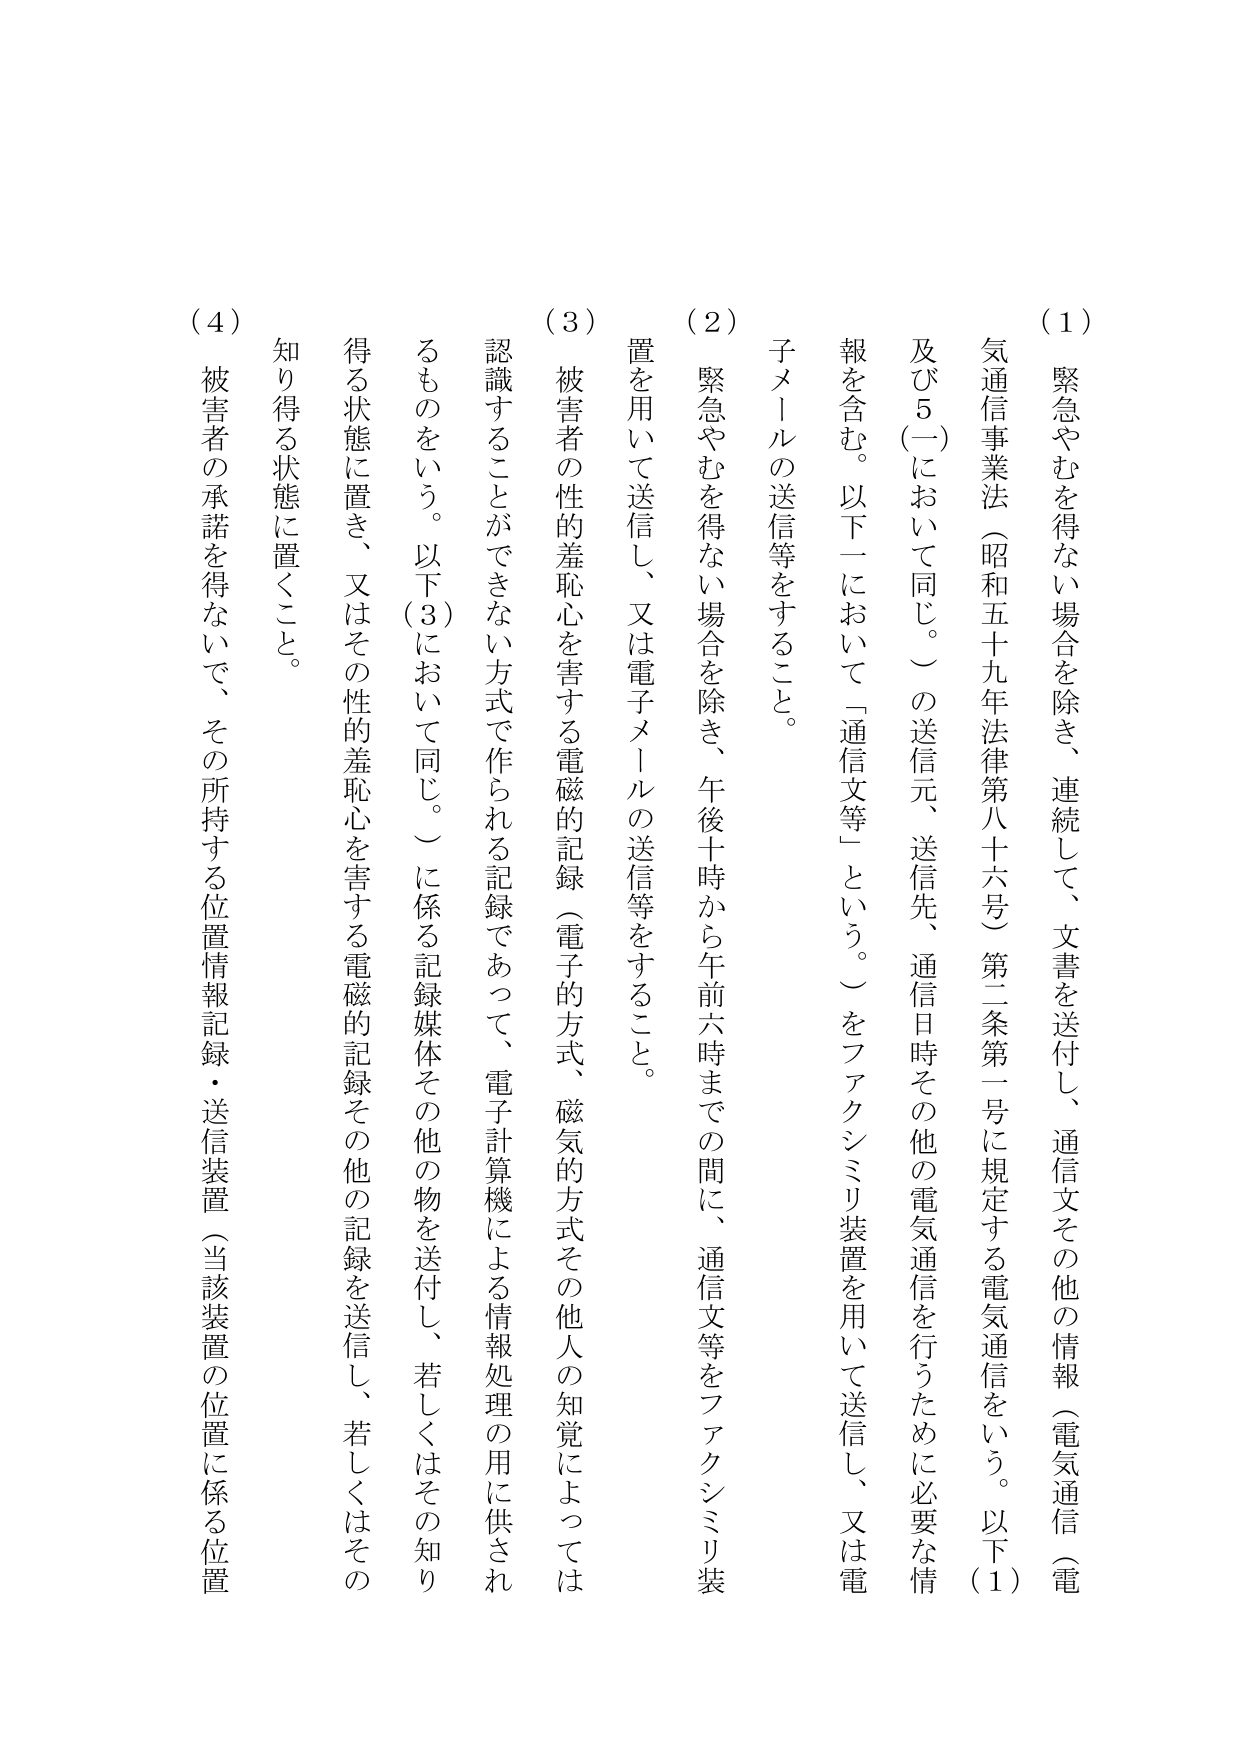
(1) 緊急やむを得ない場合を除き、連続して、文書を送付し、通信文その他の情報（電気通信（電気通信事業法（昭和五十九年法律第八十六号）第二条第一号に規定する電気通信をいう。以下(1)及び5(一)において同じ。）の送信元、送信先、通信日時その他の電気通信を行うために必要な情報を含む。以下一において「通信文等」という。）をファクシミリ装置を用いて送信し、又は電子メールの送信等をすること。

(2) 緊急やむを得ない場合を除き、午後十時から午前六時までの間に、通信文等をファクシミリ装置を用いて送信し、又は電子メールの送信等をすること。

(3) 被害者の性的羞恥心を害する電磁的記録（電子的方式、磁気的方式その他人の知覚によっては認識することができない方式で作られる記録であって、電子計算機による情報処理の用に供されるものをいう。以下(3)において同じ。）に係る記録媒体その他の物を送付し、若しくはその知り得る状態に置き、又はその性的羞恥心を害する電磁的記録その他の記録を送信し、若しくはその知り得る状態に置くこと。

(4) 被害者の承諾を得ないで、その所持する位置情報記録・送信装置（当該装置の位置に係る位置